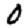
Digit: 0